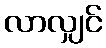
လာလျှင်